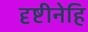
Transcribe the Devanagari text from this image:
दृष्टीनेहि